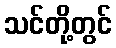
သင်တို့တွင်